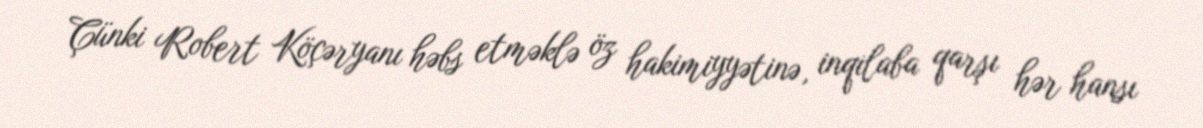
Çünki Robert Köçəryanı həbs etməklə öz hakimiyyətinə, inqilaba qarşı hər hansı